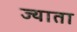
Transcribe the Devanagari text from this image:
ज्याता